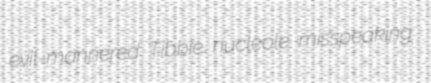
evil-mannered Tibbie nucleole misspeaking